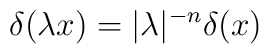
\delta(\lambda x)= |\lambda|^{-n}\delta(x)